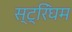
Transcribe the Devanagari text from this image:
स्ट्रिंघम